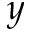
y